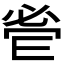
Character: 𱞑